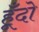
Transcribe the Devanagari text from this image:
हूँदो